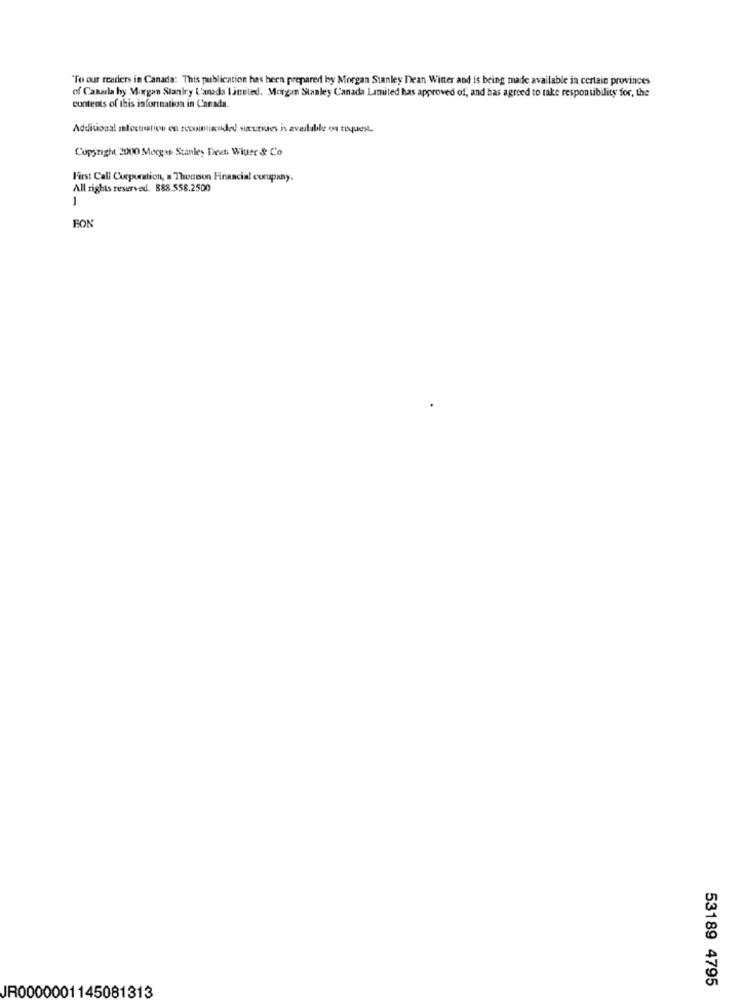
"To our readers in Canada: This publication has been prepared by Morgan Stanley Dean Winter and is being made available in certain provinces
of Casasla by Morgan Stanley L'anada Limited. Morgan Stanley Canada Limited has approved of, and has agreed to take responsibility for, the
contents of this information in Canada.
Additional slocation en scouunnded sicurides is available on risquest.
Copyright 2000 Morgan Stanley Dean Wiuer & Co
First Call Corporation, a Thonson Financial corpiny.
All rights reserved. 888.558.2500
-
FON
53189 4795
JR0000001145081313